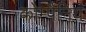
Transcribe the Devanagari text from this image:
कोम्पैनियं